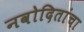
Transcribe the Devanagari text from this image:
नवोदितांचा